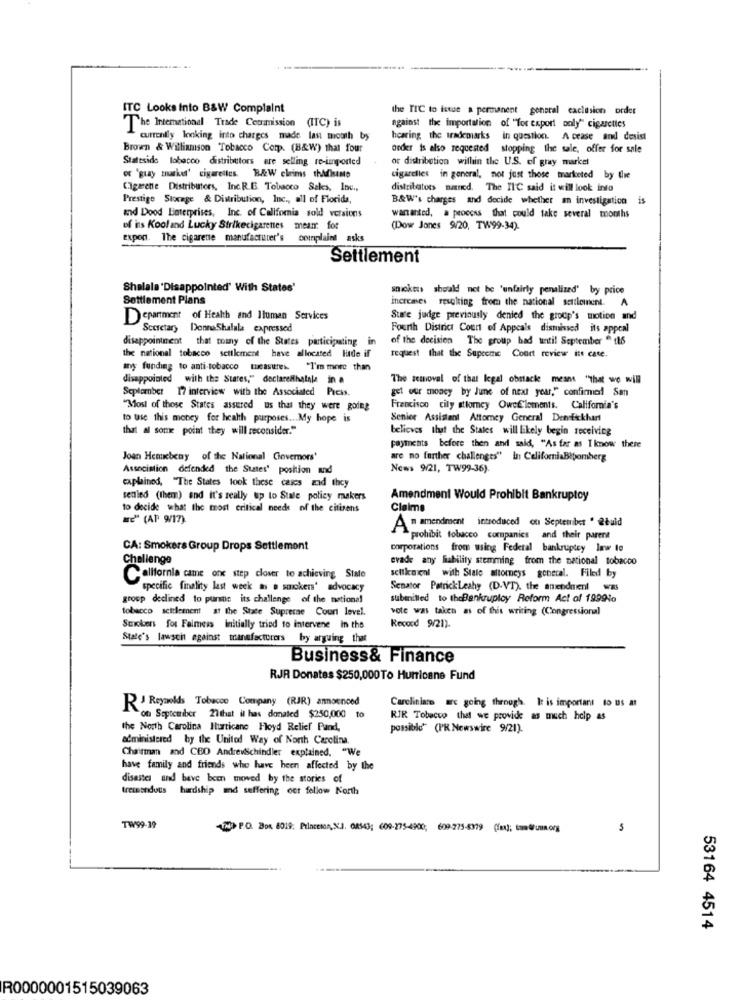
ITC Looks Into B&W Complaint
the TIC to issue a permanent general caclusion order
The International Trade Commission (ITC) is
against the importation of "Tor export only" cigarettes
currently looking into charges made last mouth by
hearing the trademarks in question. A cease and desist
Brown & Williamson Tobacco Corp. (B&W) that four
order is also requested stopping the sale, offer for sale
Stateside tobacco distributors are selling re-imported
or distribution willin the U.S. of gray market
of "guay mnasked' cigarettes. B&W claims thidisanto
cigarelies in general, not just those marketed by the
Cigarette Distributors, Inc.R.E. Tobacco Saks, Inc .,
distribatots nated. The IIC said it will look into
Prestige Storage & Distribution, Inc ., all of Florida,
B&W's charges and decide whether an investigation
is
and Dood Laterprises, Inc. of California sold versions
warranted, a process that could take several months
of ins Kooland Lucky Strikecigarenes meanr. for
(Dow Jones 9/20, TW99-34).
expon. The cigarene manufacturer's
complaint asks
Settlement
Shalala 'Disappointed' With States'
snickers should not be 'unfairly penalized' by price
Settlement Plans
increases resulting from the national settlement. A
Department of Health and Ilumen Services
Stare judge previously denied the group's motion and
Secretary DonnaShalala expressed
Fourth District Court of Appeals dismissed its appeal
disappointment that many of the States participating in
of the decision The group bad until September " t16
the national tobacco settlement have allocated lude if
request that the Supreme Court review its case.
any funding to anti-tobacco tueasures. "I'm more than
disappointed with the States," declarelhalale in a
The removal of that legal obstacle mesma "that we will
September 17 interview with the Associated Press.
gel our money by June of next year," confirmed San
"Most of those States assured us that they were going
Francisco cily attorney OweElements. California's
to use this money for health purposes ... My hope is
Senior Assistant Attorney General DenEckhart
that al some point they will reconsider."
believes thut the States will likely begin receiving
payments before then and said, "As far as I know there
Joan Hemkbeny of the National Chovernors'
are no further challenges" in CaliforniaBloomberg
Association defended the States' postion and
News 9/21, TW99-36).
explained, "The States look these cases zid they
senied (them) and it's really up to Stale policy makers
Amendment Would Prohibit Bankruptcy
to decide what the most critical needs of the citizens
Claime
"" (AP 9/17).
A " amendment introduced ou September " 2buld
> prohibit tobacco companies and their parent
CA: Smokers Group Drops Settlement
corporations from using Federal bankruptcy law to
Challenge
evade any liability stemming from the national tobacco
California came one step closer to achieving State
selikaieni with Stale attorneys general. Filed by
specific finality last week as a smokers' advocacy
Senator Patrick Leahy (D.VT), the amendment was
group declined to pursue its challenge of the national
submitted to theBankruptcy Reform Act of 19994%
tobacco settlement at the State Supreme Court level.
vote was taken as of this writing (Congressional
Record 9/21).
Smokers for Falmess initially tried to intervene in the
State's lawsuit against manufacturers by arguing that
Business& Finance
RJR Donates $250,000To Hurricane Fund
Careliniare are going through. It is important to us at
R' Reynolds Tobacco Company (RJR) anoenced
of September 27that il has donated $250,000 to
RIR Tobacco that we provide as much help as
the North Carolina Iturticane Floyd Relief Pand,
possible" (PR Newswire 9/21).
administered by the United Way of North Carolina.
Chairman and CEO AndrewSchindler explained. "We
have family and friends who have been affected by the
disaster and beve been moved by the stories of
tremendous hardship and suffering out fellow Korth
TW99-19
(2) P.O. Box 8019: Princeton,N.J. 08543; 609-275-4900; 609-275-6379 (Im); tume@uma.org
5
53164 4514
R0000001515039063